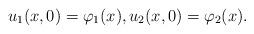
LaTeX: \begin{align*}u_1(x,0)=\varphi_1(x),u_2(x,0)=\varphi_2(x).\end{align*}